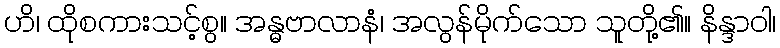
ဟိ၊ ထိုစကားသင့်စွ။ အန္ဓဗာလာနံ၊ အလွန်မိုက်သော သူတို့၏။ နိန္ဒာဝါ၊